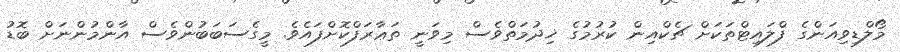
މޯލްޑިވިއަންގެ ފްލައިޓްތަކަށް ޗެކްއިން ކުރުމުގެ ޚިދުމަތްވެސް މިވަނީ ތަޢާރަފްކޮށްފައެވެ. މީގެސަބަބުންވެސް އާންމުންނަށް ބޮޑު